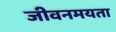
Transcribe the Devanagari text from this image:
जीवनमयता